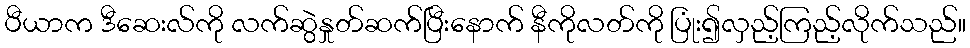
ပီယာက ဒီဆေးလ်ကို လက်ဆွဲနှုတ်ဆက်ပြီးနောက် နီကိုလတ်ကို ပြုံး၍လှည့်ကြည့်လိုက်သည်။